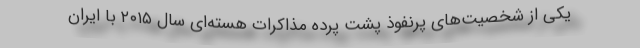
یکی از شخصیت‌های پرنفوذ پشت پرده مذاکرات هسته‌ای سال ۲۰۱۵ با ایران